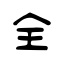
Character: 全